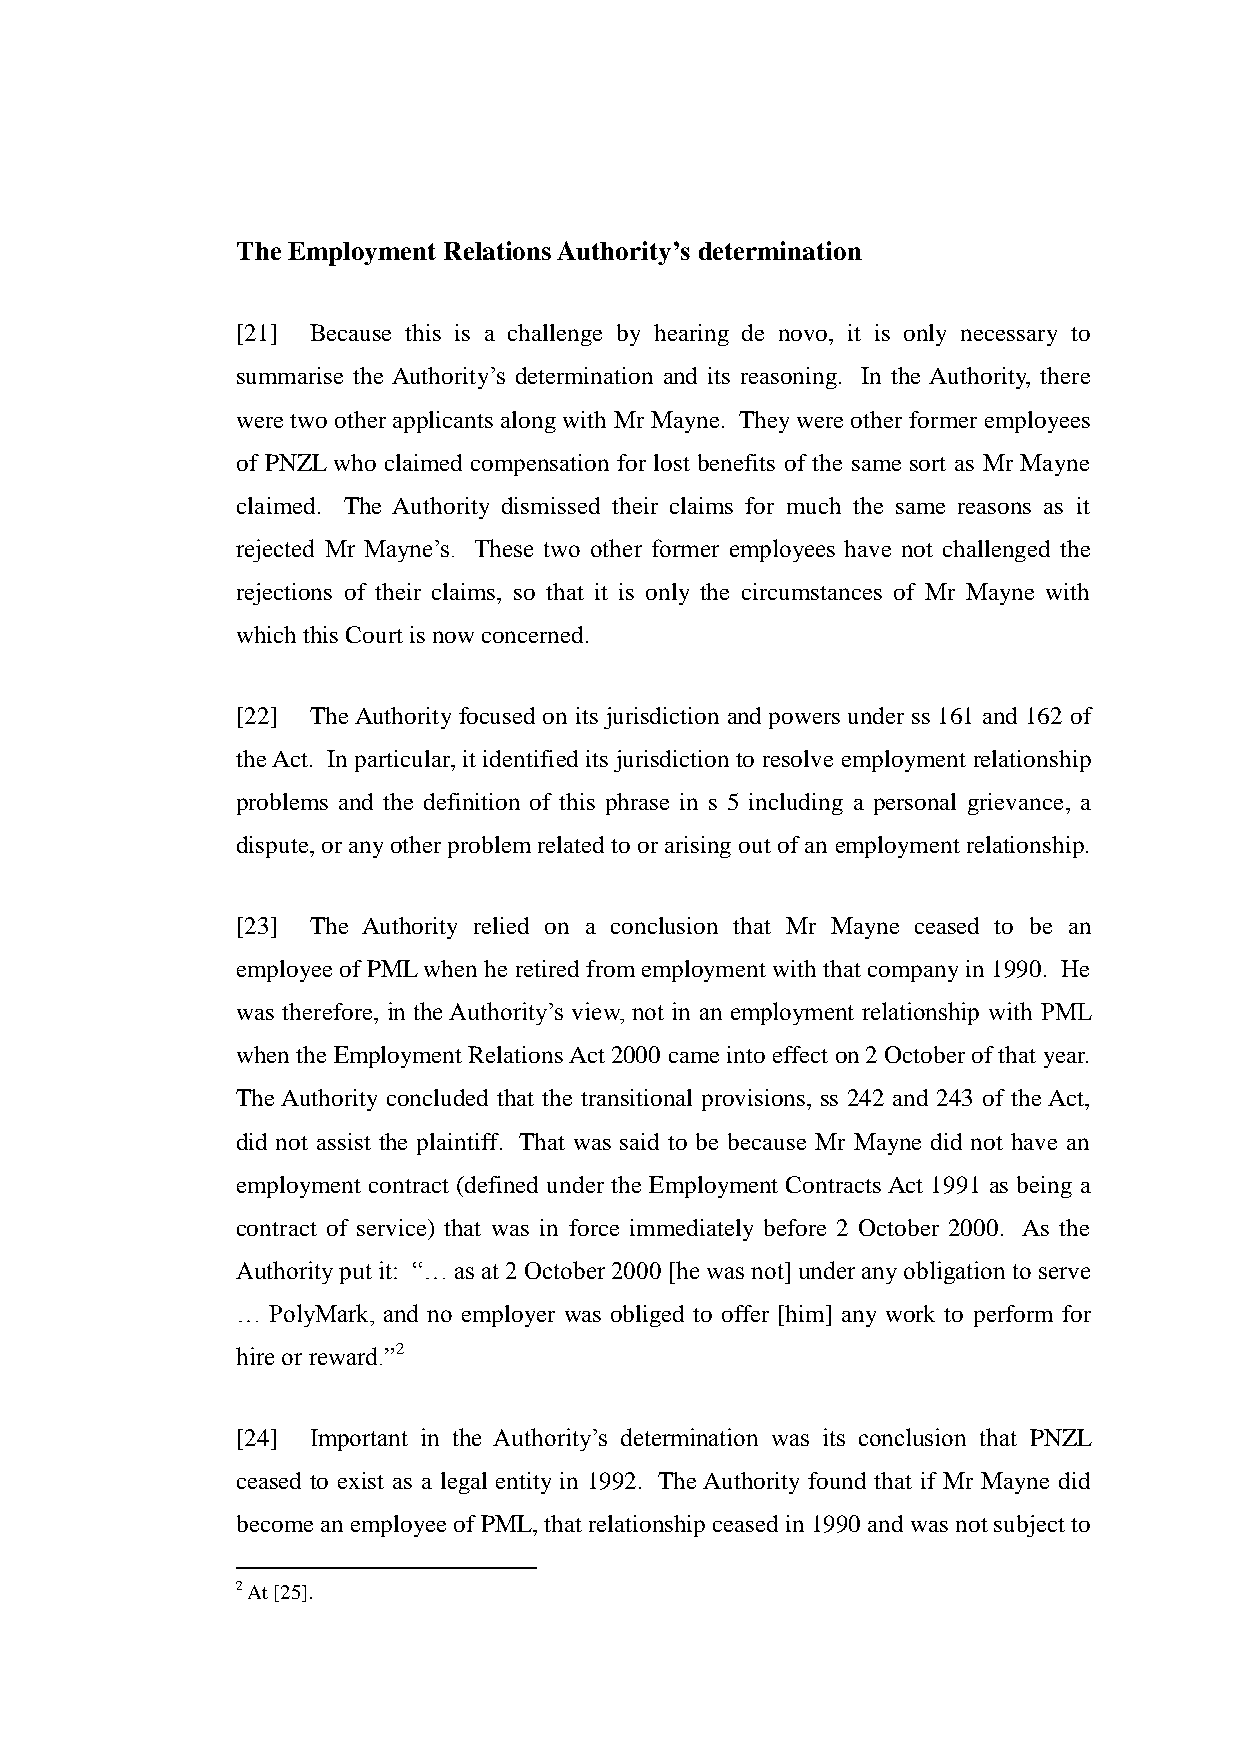
The Employment Relations Authority’s determination
 [21] Because this is a challenge by hearing de novo, it is only necessary to
 summarise the Authority’s determination and its reasoning. In the Authority, there
 were two other applicants along with Mr Mayne. They were other former employees
 of PNZL who claimed compensation for lost benefits of the same sort as Mr Mayne
 claimed. The Authority dismissed their claims for much the same reasons as it
 rejected Mr Mayne’s. These two other former employees have not challenged the
 rejections of their claims, so that it is only the circumstances of Mr Mayne with
 which this Court is now concerned.
 [22] The Authority focused on its jurisdiction and powers under ss 161 and 162 of
 the Act. In particular, it identified its jurisdiction to resolve employment relationship
 problems and the definition of this phrase in s 5 including a personal grievance, a
 dispute, or any other problem related to or arising out of an employment relationship.
 [23] The Authority relied on a conclusion that Mr Mayne ceased to be an
 employee of PML when he retired from employment with that company in 1990. He
 was therefore, in the Authority’s view, not in an employment relationship with PML
 when the Employment Relations Act 2000 came into effect on 2 October of that year.
 The Authority concluded that the transitional provisions, ss 242 and 243 of the Act,
 did not assist the plaintiff. That was said to be because Mr Mayne did not have an
 employment contract (defined under the Employment Contracts Act 1991 as being a
 contract of service) that was in force immediately before 2 October 2000. As the
 Authority put it: “… as at 2 October 2000 [he was not] under any obligation to serve
 … PolyMark, and no employer was obliged to offer [him] any work to perform for
 hire or reward.”2
 [24] Important in the Authority’s determination was its conclusion that PNZL
 ceased to exist as a legal entity in 1992. The Authority found that if Mr Mayne did
 become an employee of PML, that relationship ceased in 1990 and was not subject to
 2 At [25].